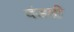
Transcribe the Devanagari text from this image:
दंडही